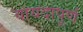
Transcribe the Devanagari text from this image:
वायदापूर्ण